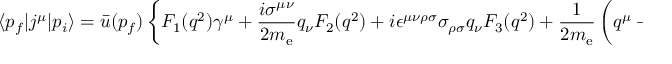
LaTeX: \langle p _ { f } | j ^ { \mu } | p _ { i } \rangle = { \bar { u } } ( p _ { f } ) \left\{ F _ { 1 } ( q ^ { 2 } ) \gamma ^ { \mu } + { \frac { i \sigma ^ { \mu \nu } } { 2 m _ { \mathrm { { e } } } } } q _ { \nu } F _ { 2 } ( q ^ { 2 } ) + i \epsilon ^ { \mu \nu \rho \sigma } \sigma _ { \rho \sigma } q _ { \nu } F _ { 3 } ( q ^ { 2 } ) + { \frac { 1 } { 2 m _ { \mathrm { { e } } } } } \left( q ^ { \mu } - { \frac { q ^ { 2 } } { 2 m _ { e } } } \gamma ^ { \mu } \right) \gamma _ { 5 } F _ { 4 } ( q ^ { 2 } ) \right\} u ( p _ { i } )